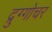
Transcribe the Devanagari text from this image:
द्रुग्गोचर